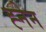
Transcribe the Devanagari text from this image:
ह्नेन